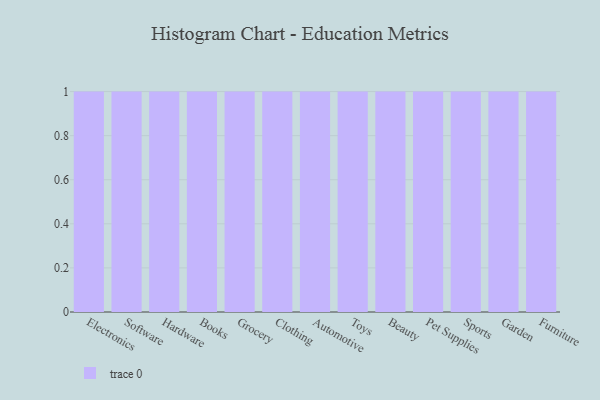
{"axis": {"x": "Category", "y": "Latency (ms)"}, "legend": [""], "data": [{"x": "Electronics", "y": 31, "type": ""}, {"x": "Software", "y": 77, "type": ""}, {"x": "Hardware", "y": 88, "type": ""}, {"x": "Books", "y": 9, "type": ""}, {"x": "Grocery", "y": 72, "type": ""}, {"x": "Clothing", "y": 96, "type": ""}, {"x": "Automotive", "y": 52, "type": ""}, {"x": "Toys", "y": 90, "type": ""}, {"x": "Beauty", "y": 74, "type": ""}, {"x": "Pet Supplies", "y": 24, "type": ""}, {"x": "Sports", "y": 95, "type": ""}, {"x": "Garden", "y": 24, "type": ""}, {"x": "Furniture", "y": 4, "type": ""}]}